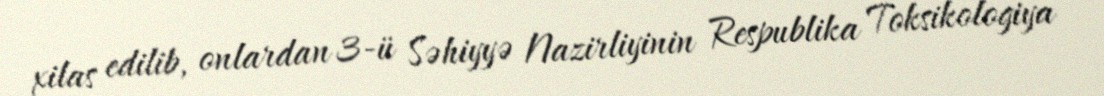
xilas edilib, onlardan 3-ü Səhiyyə Nazirliyinin Respublika Toksikologiya